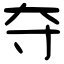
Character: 夺